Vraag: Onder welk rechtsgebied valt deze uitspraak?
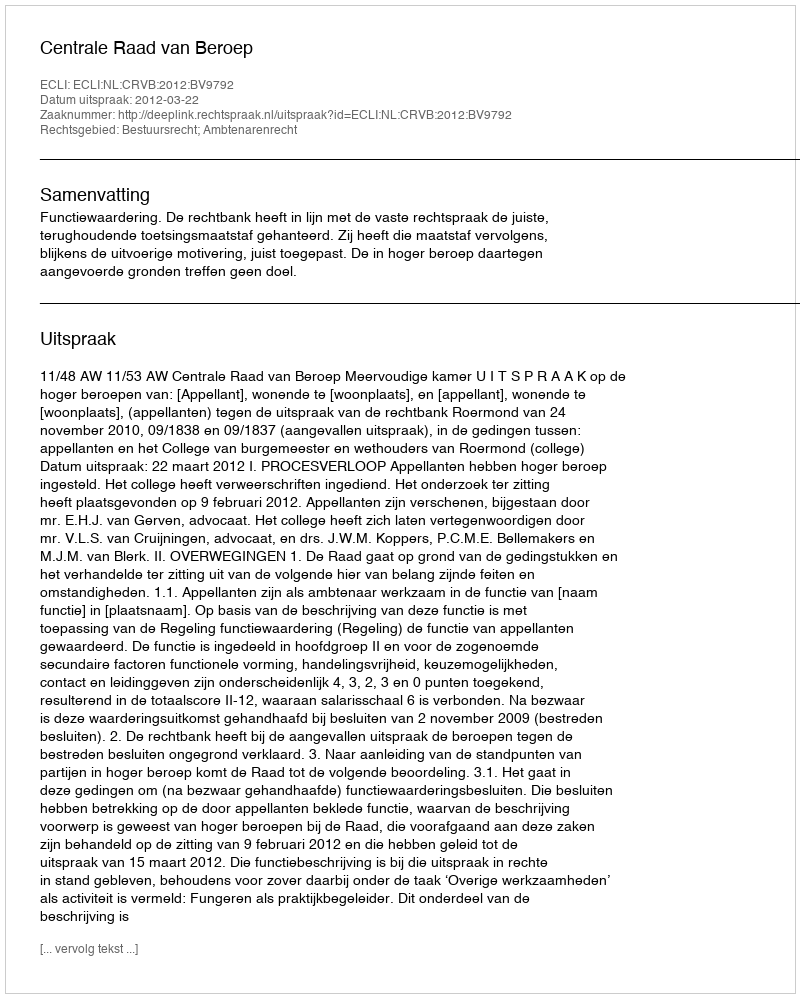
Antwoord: Bestuursrecht; Ambtenarenrecht